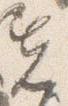
先